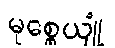
မုစ္စေယျုံ